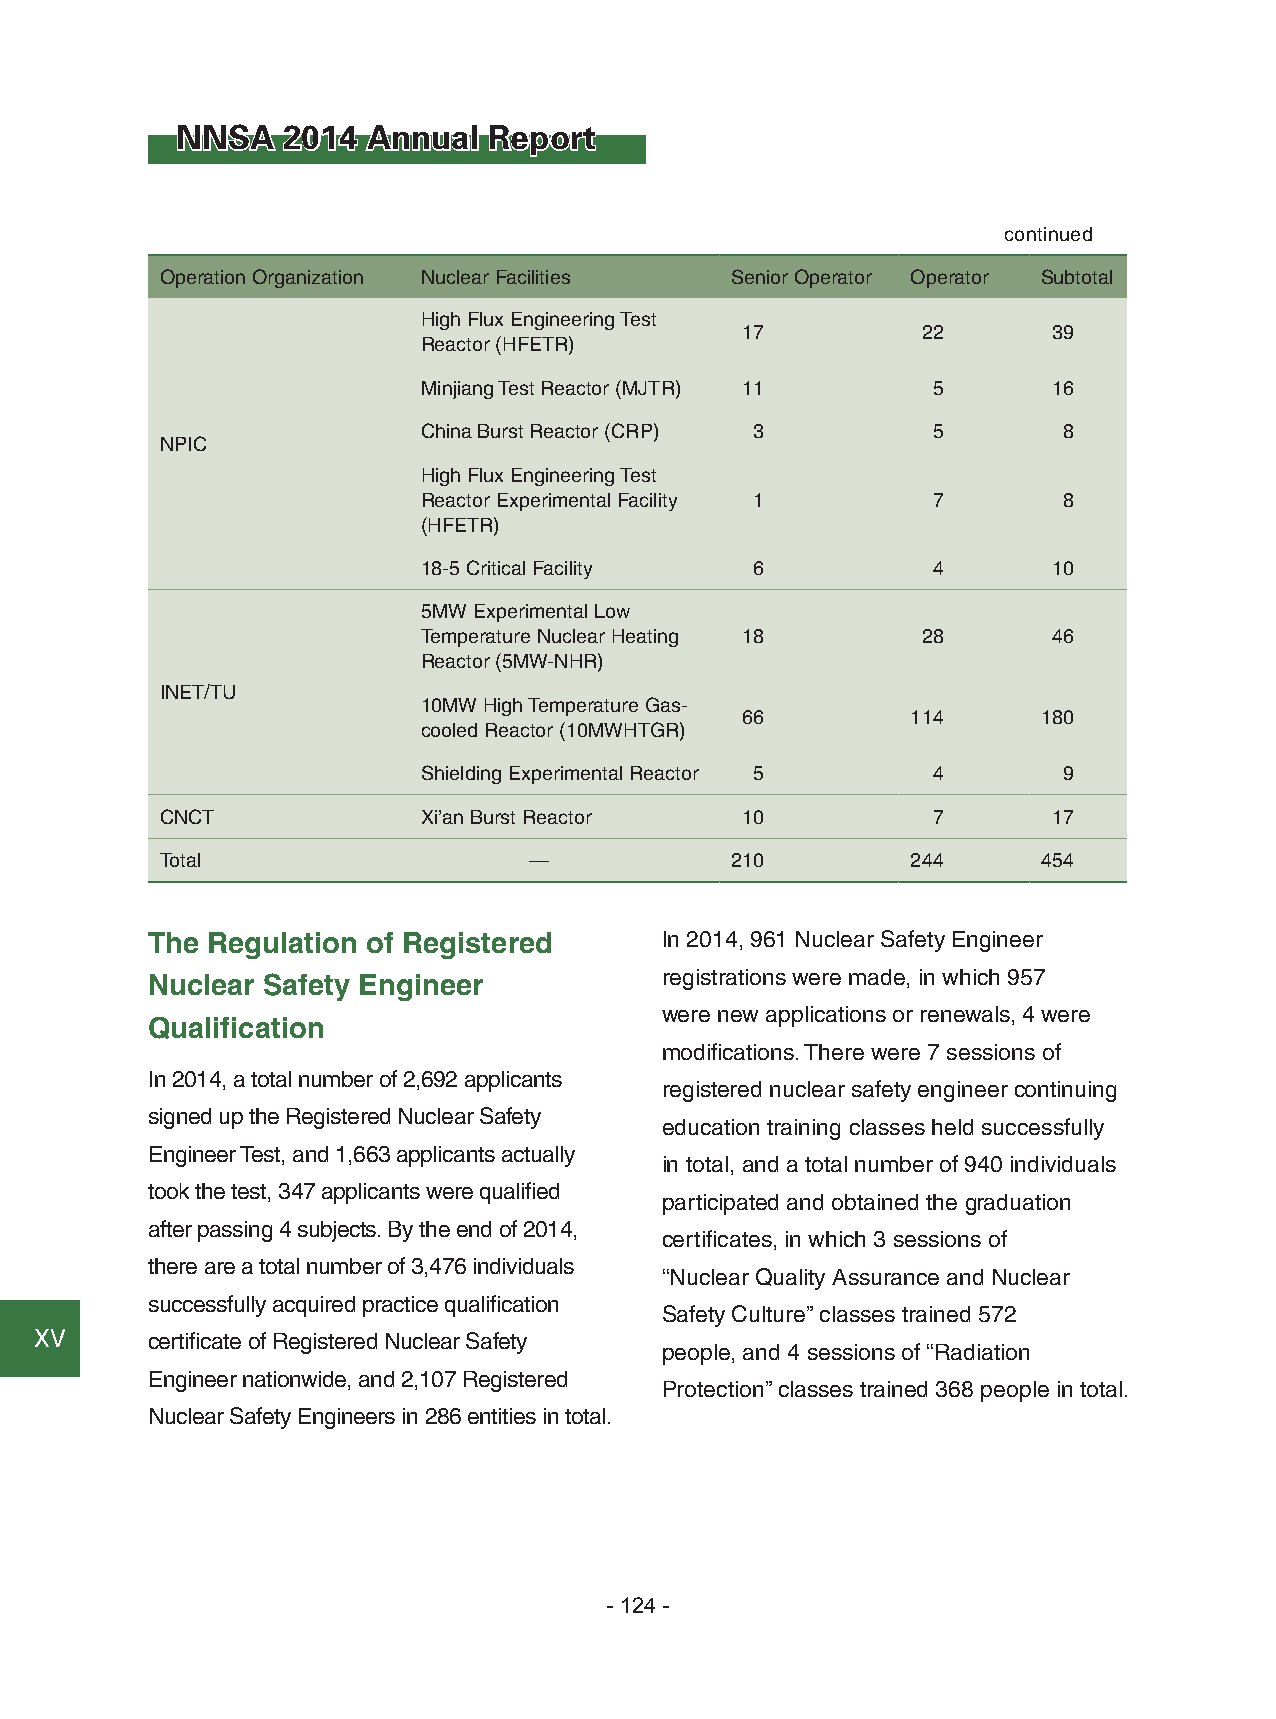
NNSA   2014 Annual  Report
 continued
 Operation Organization Nuclear Facilities Senior Operator Operator Subtotal
 High Flux Engineering Test
 17          22       39
 Reactor (HFETR)
 Minjiang Test Reactor (MJTR) 11   5       16
 China Burst Reactor (CRP) 3       5       8
 NPIC
 High Flux Engineering Test
 Reactor Experimental Facility 1   7       8
 (HFETR)
 18-5 Critical Facility 6          4       10
 5MW Experimental Low
 Temperature Nuclear Heating 18   28       46
 Reactor (5MW-NHR)
 INET/TU
 10MW High Temperature Gas-
 66         114      180
 cooled Reactor (10MWHTGR)
 Shielding Experimental Reactor 5  4       9
 CNCT             Xi’an Burst Reactor  10           7       17
 Total                   —            210         244      454
 The Regulation of Registered      In 2014, 961 Nuclear Safety Engineer
 Nuclear Safety Engineer           registrations were made, in which 957
 were new applications or renewals, 4 were
 Qualification
 modifications. There were 7 sessions of
 In 2014, a total number of 2,692 applicants
 registered nuclear safety engineer continuing
 signed up the Registered Nuclear Safety
 education training classes held successfully
 Engineer Test, and 1,663 applicants actually
 in total, and a total number of 940 individuals
 took the test, 347 applicants were qualified
 participated and obtained the graduation
 after passing 4 subjects. By the end of 2014,
 certificates, in which 3 sessions of
 there are a total number of 3,476 individuals
 “Nuclear Quality Assurance and Nuclear
 successfully acquired practice qualification
 Safety Culture” classes trained 572
 ⅩⅤ      certificate of Registered Nuclear Safety
 people, and 4 sessions of “Radiation
 Engineer nationwide, and 2,107 Registered
 Protection” classes trained 368 people in total.
 Nuclear Safety Engineers in 286 entities in total.
 - 124 -